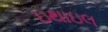
ઇથાઇલ